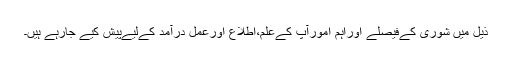
ذیل میں شوریٰ کےفیصلے اوراہم امورآپ کےعلم،اطلاع اورعمل درآمد کےلیےپیش کیے جارہے ہیں۔